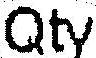
QTY